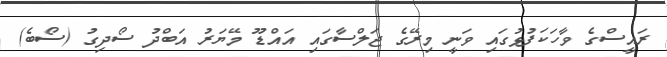
ރައީސްގެ ވާހަކަފުޅުގައި ވަނީ މިރޭގެ ޖަލްސާގައި އައްޑޫ މޭޔަރު އަބްދު ސޯދިގު (ސޯބެ)